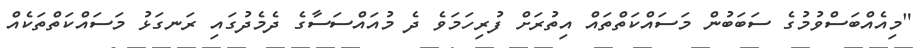
"މިއެއްބަސްވުމުގެ ސަބަބުން މަސައްކަތްތައް އިތުރަށް ފުރިހަމަވެ ދެ މުއައްސަސާގެ ދެމެދުގައި ރަނގަޅު މަސައްކަތްތަކެއް